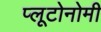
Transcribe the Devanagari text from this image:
प्लूटोनोमी